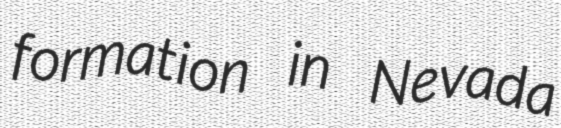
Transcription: formation in Nevada